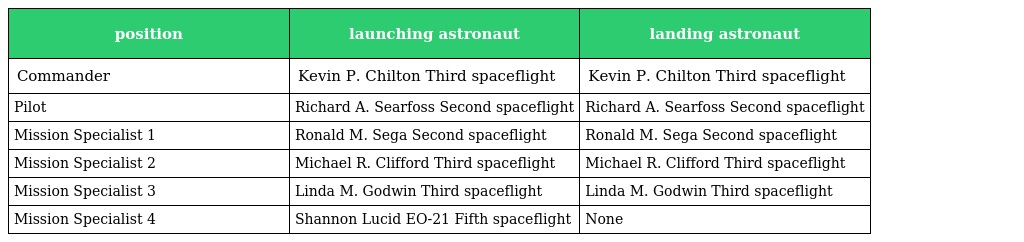
| position | launching astronaut | landing astronaut |
 | --- | --- | --- |
 | Commander | Kevin P. Chilton Third spaceflight | Kevin P. Chilton Third spaceflight |
 | Pilot | Richard A. Searfoss Second spaceflight | Richard A. Searfoss Second spaceflight |
 | Mission Specialist 1 | Ronald M. Sega Second spaceflight | Ronald M. Sega Second spaceflight |
 | Mission Specialist 2 | Michael R. Clifford Third spaceflight | Michael R. Clifford Third spaceflight |
 | Mission Specialist 3 | Linda M. Godwin Third spaceflight | Linda M. Godwin Third spaceflight |
 | Mission Specialist 4 | Shannon Lucid EO-21 Fifth spaceflight | None |